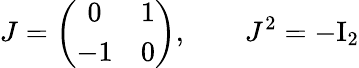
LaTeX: J=\left(\begin{array}{cc}{{0}}&{{1}}\\ {{-1}}&{{0}}\end{array}\right),\qquad J^{2}=-\mathrm{I}_{2}